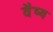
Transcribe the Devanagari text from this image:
वैष्य